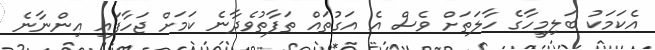
އެކަމަކު ބަލިމީހާގެ ހާލަތަށް ވެސް އެ އަގުތައް ތަފާތުވެދާނެ ކަމަށް ޖަހާފައި އިންނާނެ